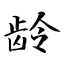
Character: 龄